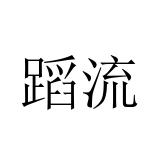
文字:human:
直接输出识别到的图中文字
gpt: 蹈流